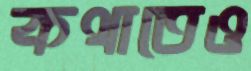
কথাতেও